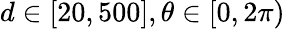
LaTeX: d\in[20,500],\theta\in[0,2\pi)